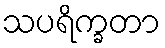
သပရိက္ခတာ